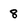
Character: 8